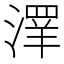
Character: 𱨑